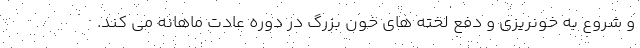
و شروع به خونریزی و دفع لخته های خون بزرگ در دوره عادت ماهانه می کند.